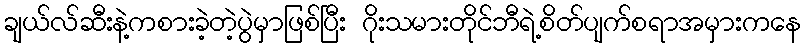
ချယ်လ်ဆီးနဲ့ကစားခဲ့တဲ့ပွဲမှာဖြစ်ပြီး ဂိုးသမားတိုင်ဘီရဲ့စိတ်ပျက်စရာအမှားကနေ